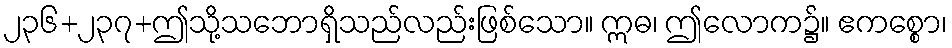
၂၃၆+၂၃၇+ဤသို့သဘောရှိသည်လည်းဖြစ်သော။ ဣဓ၊ ဤလောက၌။ ဧကစ္စော၊